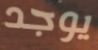
يوجد